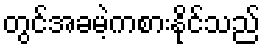
တွင်အခမဲ့ကစားနိုင်သည်